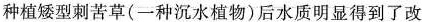
种植矮型刺苦草(一种沉水植物)后水质明显得到了改